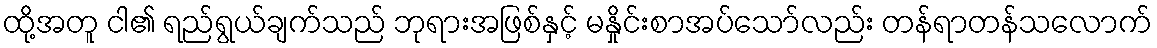
ထို့အတူ ငါ၏ ရည်ရွယ်ချက်သည် ဘုရားအဖြစ်နှင့် မနှိုင်းစာအပ်သော်လည်း တန်ရာတန်သလောက်